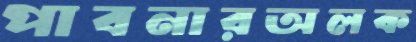
পাবনারঅলক